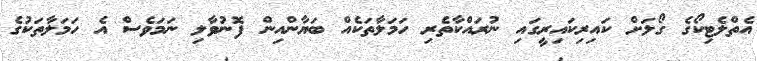
އެތްލެޓިކޯގެ ގޯލަށް ކައިރިކައިރީގައި ނުރައްކާތެރި ހަމަލާތަކެއް ބަޔާންއިން ފޮނުވާލި ނަމަވެސް އެ ހަމަލާތަކުގެ